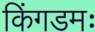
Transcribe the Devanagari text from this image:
किंगडमः